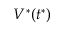
V ^ { * } ( t ^ { * } )